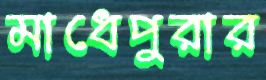
মাধেপুরার